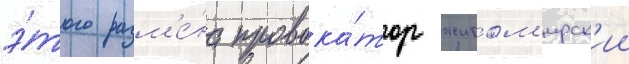
э́того разм'е́на провока́тор житом'ирск'ии